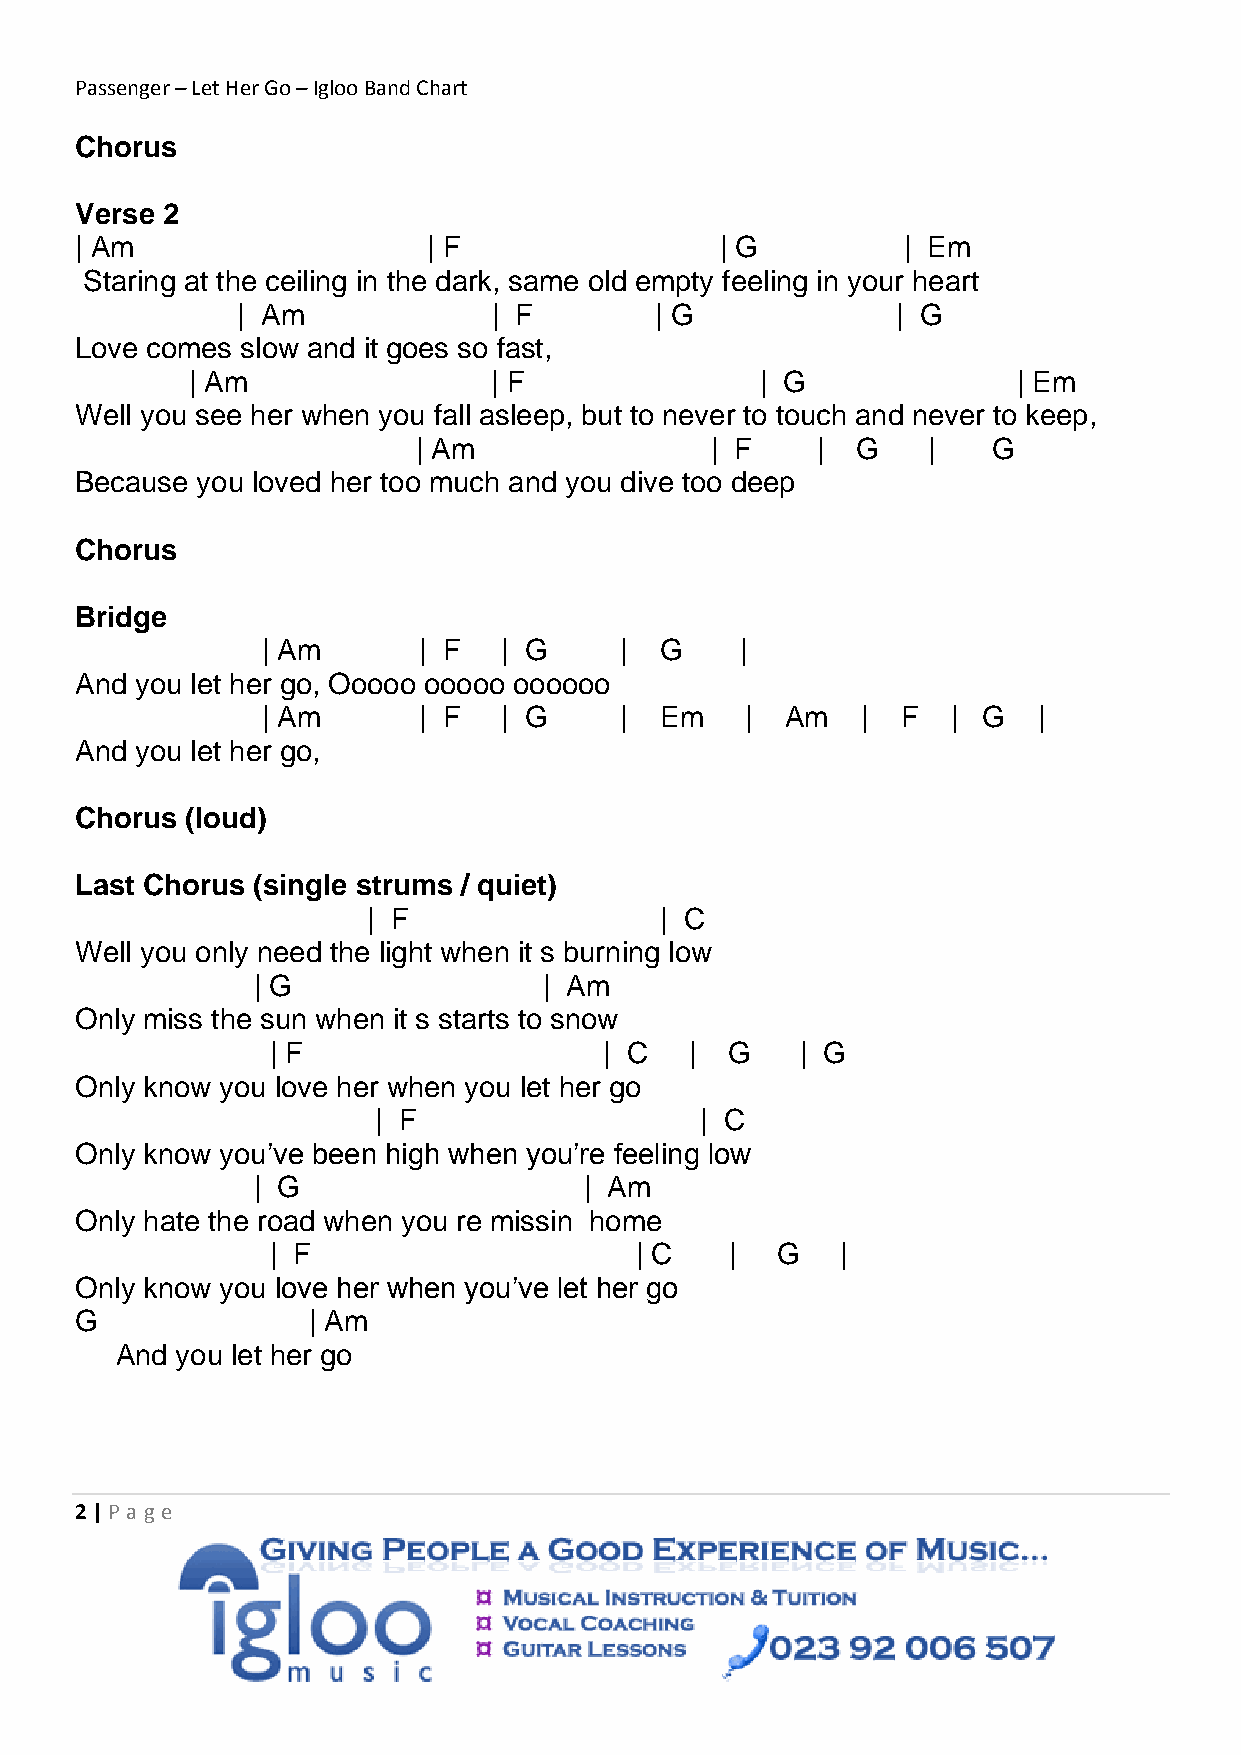
Passenger – Let Her Go – Igloo Band Chart
 Chorus
 Verse 2
 | Am                   | F                 | G         | Em
 Staring at the ceiling in the dark, same old empty feeling in your heart
 | Am             | F       | G             | G
 Love comes slow and it goes so fast,
 | Am                 | F              | G              | Em
 Well you see her when you fall asleep, but to never to touch and never to keep,
 | Am               | F    |  G   |    G
 Because you loved her too much and you dive too deep
 Chorus
 Bridge
 | Am       | F  | G     |  G    |
 And you let her go, Ooooo ooooo oooooo
 | Am       | F  | G     |  Em   |  Am   |  F  | G   |
 And you let her go,
 Chorus (loud)
 Last Chorus (single strums / quiet)
 | F                 | C
 Well you only need the light when it s burning low
 | G                | Am
 Only miss the sun when it s starts to snow
 | F                   | C   | G    | G
 Only know you love her when you let her go
 | F                  | C
 Only know you’ve been high when you’re feeling low
 | G                   | Am
 Only hate the road when you re missin home
 | F                     | C   |  G    |
 Only know you love her when you’ve let her go
 G              | Am
 And you let her go
 2 | P age